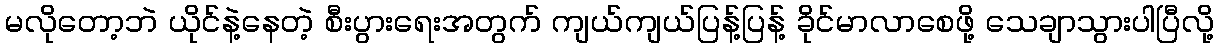
မလိုတော့ဘဲ ယိုင်နဲ့နေတဲ့ စီးပွားရေးအတွက် ကျယ်ကျယ်ပြန့်ပြန့် ခိုင်မာလာစေဖို့ သေချာသွားပါပြီလို့